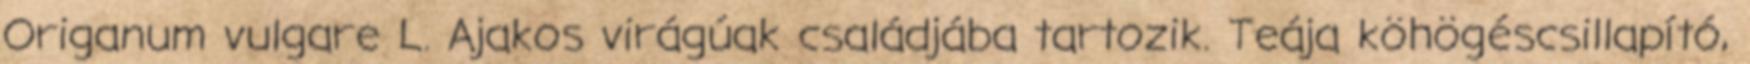
Origanum vulgare L. Ajakos virágúak családjába tartozik. Teája köhögéscsillapító,